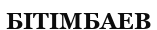
БІТІМБАЕВ